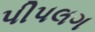
પીપલગ